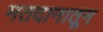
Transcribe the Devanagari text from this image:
मतदानातून